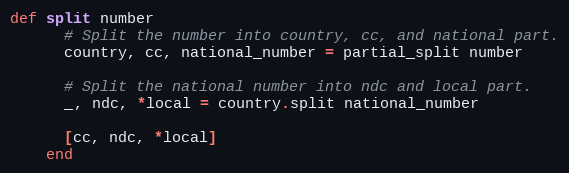
Language: Ruby
def split number
      # Split the number into country, cc, and national part.
      country, cc, national_number = partial_split number

      # Split the national number into ndc and local part.
      _, ndc, *local = country.split national_number

      [cc, ndc, *local]
    end